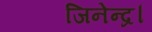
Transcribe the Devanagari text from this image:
जिनेन्द्र।